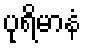
ပုရိမာနံ